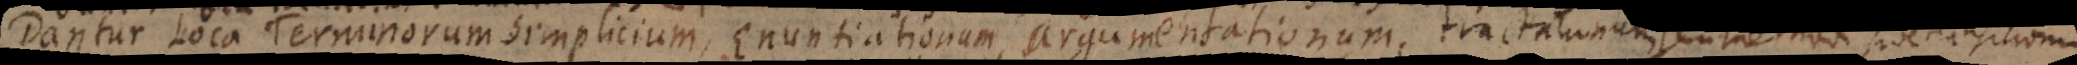
Dantur Loca Terminorum Simplicium, Enuntiationum, argumentationum, tractationum seu methodi